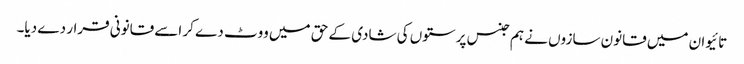
تائیوان میں قانون سازوں نے ہم جنس پرستوں کی شادی کے حق میں ووٹ دے کر اسے قانونی قرار دے دیا۔